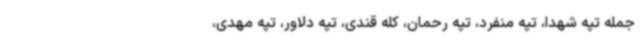
جمله تپه شهدا، تپه منفرد، تپه رحمان، کله قندی، تپه دلاور، تپه مهدی،